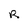
Character: R